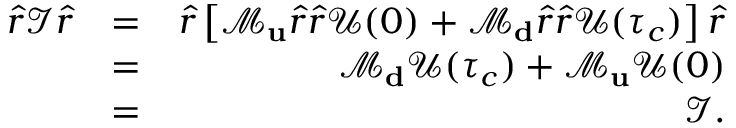
\begin{array} { r l r } { \hat { r } \mathcal { I } \hat { r } } & { = } & { \hat { r } \left[ \mathcal { M } _ { \bf u } \hat { r } \hat { r } \mathcal { U } ( 0 ) + \mathcal { M } _ { \bf d } \hat { r } \hat { r } \mathcal { U } ( \tau _ { c } ) \right] \hat { r } } \\ & { = } & { \mathcal { M } _ { \bf d } \mathcal { U } ( \tau _ { c } ) + \mathcal { M } _ { \bf u } \mathcal { U } ( 0 ) } \\ & { = } & { \mathcal { I } . } \end{array}